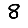
Digit: 8